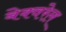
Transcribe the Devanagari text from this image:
बेक्वरेल